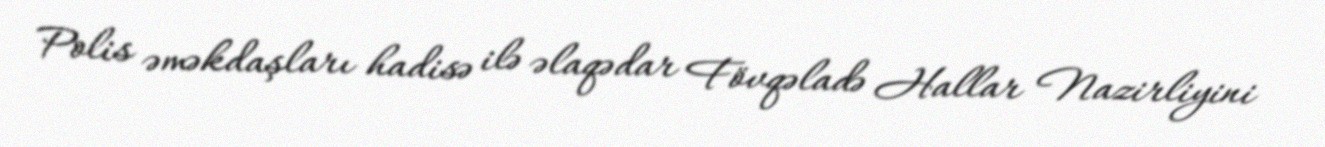
Polis əməkdaşları hadisə ilə əlaqədar Fövqəladə Hallar Nazirliyini